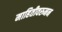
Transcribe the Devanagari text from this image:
माहितीवरुनन